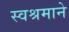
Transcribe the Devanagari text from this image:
स्वश्रमाने